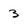
Character: 3